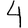
Digit: 4